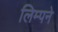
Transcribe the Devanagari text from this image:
लिम्पने